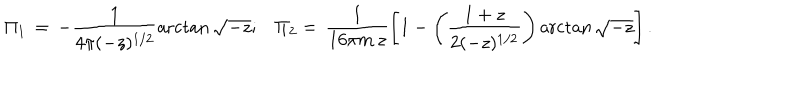
LaTeX: \Pi _ { 1 } \, = \, - \frac { 1 } { 4 \pi ( - z ) ^ { 1 / 2 } } \operatorname { a r c t a n } \sqrt { - z } ; \, \, \, \, \, \Pi _ { 2 } = \, \frac { 1 } { 1 6 \pi m \, z } \left[ 1 - \left( \frac { 1 + z } { 2 ( - z ) ^ { 1 / 2 } } \right) \operatorname { a r c t a n } \sqrt { - z } \right] .